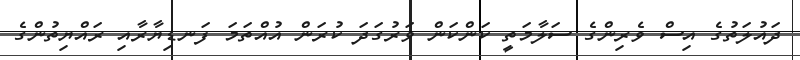
ދައުލަތުގެ އިސް ވެރިންގެ ސަލާމަތީ ކަންކަން ވަރުގަދަ ކުރަން އުއްތަމަ ފަނޑިޔާރާއި ރައްޔިތުންގެ